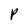
Character: P